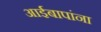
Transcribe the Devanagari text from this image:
आईबापांना